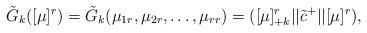
LaTeX: \begin{align*}\tilde G_k([\mu]^r) = \tilde G_k(\mu_{1r},\mu_{2r},\ldots,\mu_{rr}) = ([\mu]^r_{+k}||\tilde c^+||[\mu]^r),\end{align*}